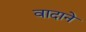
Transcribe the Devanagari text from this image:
वादाने